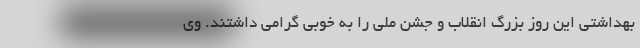
بهداشتی این روز بزرگ انقلاب و جشن ملّی را به خوبی گرامی داشتند. وی